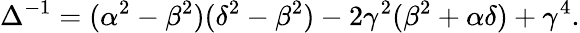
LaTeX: \Delta^{-1}=(\alpha^{2}-\beta^{2})(\delta^{2}-\beta^{2})-2\gamma^{2}(\beta^{2}+\alpha\delta)+\gamma^{4}.